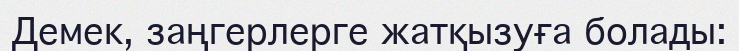
Демек, заңгерлерге жатқызуға болады: